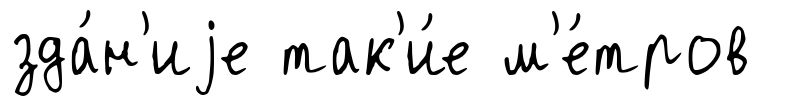
зда́н'иjе так'и́е м'е́тров